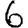
Digit: 6